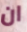
ان